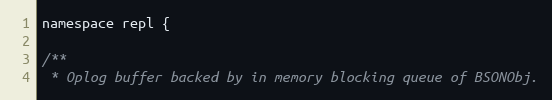
Language: C
namespace repl {

/**
 * Oplog buffer backed by in memory blocking queue of BSONObj.